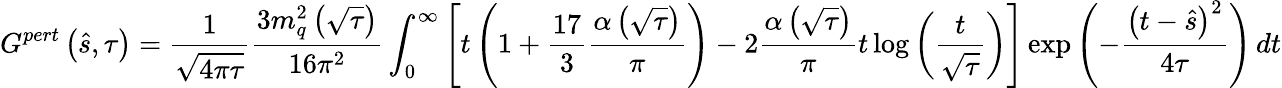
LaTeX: G^{pert}\left(\hat{s},\tau\right)=\frac{1}{\sqrt{4\pi\tau}}\frac{3m_{q}^{2}\left(\sqrt{\tau}\right)}{16\pi^{2}}\int_{0}^{\infty}\left[t\left(1+\frac{17}{3}\frac{\alpha\left(\sqrt{\tau}\right)}{\pi}\right)-2\frac{\alpha\left(\sqrt{\tau}\right)}{\pi}t\log{\left(\frac{t}{\sqrt{\tau}}\right)}\right]\exp{\left(-\frac{\left(t-\hat{s}\right)^{2}}{4\tau}\right)}\, dt